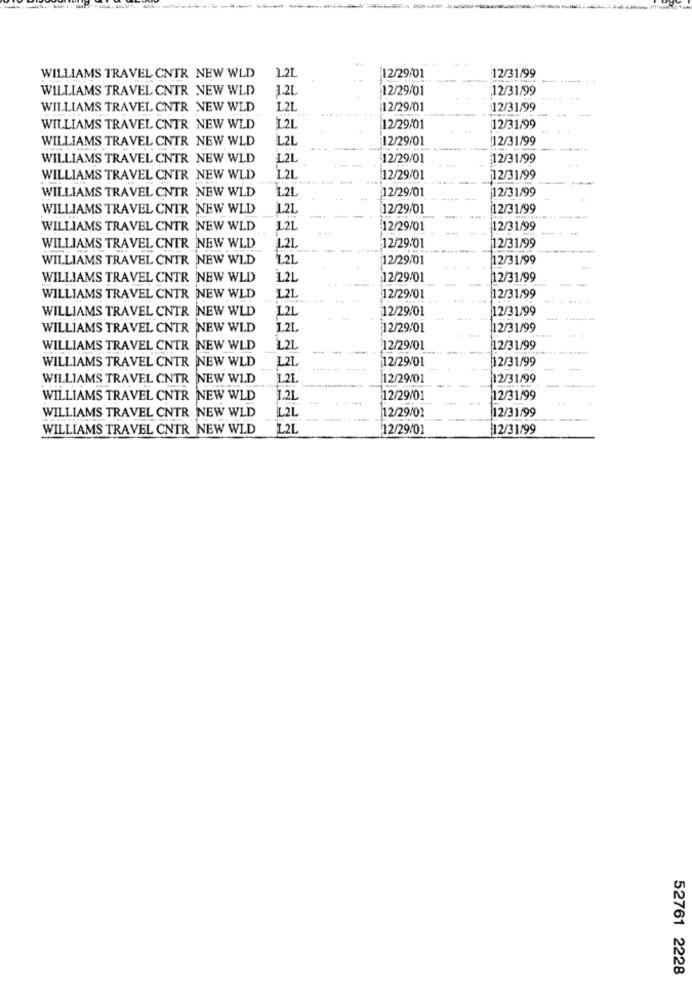
1.21
12/31/99
WILLIAMS TRAVEL CNTR NEW WLD
12/29/01
WILLIAMS TRAVEL CNTR NEW WLD
1.2L
12/29/01
12/31/99
WILLIAMS TRAVEL CNTR NEW WLD
L2L
12/29/01
12/31/99
WILLIAMS TRAVEL CNTR NEW WLD
L.21
12/29/01
12/31/99
WILLIAMS TRAVEL CNTR NEW WLD
L2L
12/29/01
12/31/99
WILLIAMS TRAVEL CNTR NEW WLD
L2L
12/29/01
12/31/99
WILLIAMS TRAVEL CNTR NEW WLD
12L
12/29/01
12/31/99
12/31/99
WILLIAMS TRAVEL CNTR NEW WLD
L.2L
12/29/01
WILLIAMS TRAVEL CNTR NEW WLD
1.21
12/29/01
12/31/99
WILLIAMS TRAVEL CNTR NEW WLD
12/29/01
12/31/99
WILLIAMS TRAVEL CNTR NEW WLD
1.2L
12/29/01
12/31/99
WILLIAMS TRAVEL CNTR NEW WLD
L.21
12/29/01
12/31/99
WILLIAMS TRAVEL CNTR NEW WLD
1.2L
12/29/01
12/31/99
WILLIAMS TRAVEL CNTR NEW WLD
1.21
12/29/01
12/31/99
WILLIAMS TRAVEL CNTR NEW WLD
L21
12/29/01
12/31/99
WILLIAMS TRAVEL CNTR NEW WLD
1.21
12/29/01
12/31/99
WILLIAMS TRAVEL CNTR NEW WLD
L21
12/29/01
12/31/99
WILLIAMS TRAVEL CNTR NEW WLD
L2L
12/29/01
12/31/99
WILLIAMS TRAVEL CNTR NEW WLD
L2L
12/29/01
12/31/99
WILLIAMS TRAVEL CNTR NEW WLD
1.2L
12/29/01
12/31/99
WILLIAMS TRAVEL CNTR NEW WLD
IL2L
12/29/01
12/31/99
WILLIAMS TRAVEL CNTR NEW WLD
L21
12/29/01
12/31/99
52761 2228